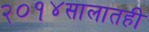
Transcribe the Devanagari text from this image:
२०१४सालातही